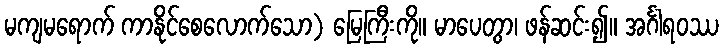
မကျမရောက် ကာနိုင်စေလောက်သော) မြေကြီးကို။ မာပေတွာ၊ ဖန်ဆင်း၍။ အင်္ဂါရဝဿ